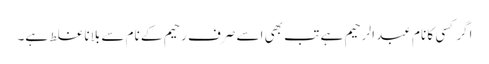
اگر کسی کا نام عبد الرحیم ہے تب بھی اسے صرف رحیم کے نام سے بلانا غلط ہے۔